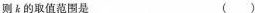
则k的取值范围是 ( )